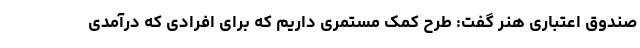
صندوق اعتباری هنر گفت: طرح کمک مستمری داریم که برای افرادی که درآمدی